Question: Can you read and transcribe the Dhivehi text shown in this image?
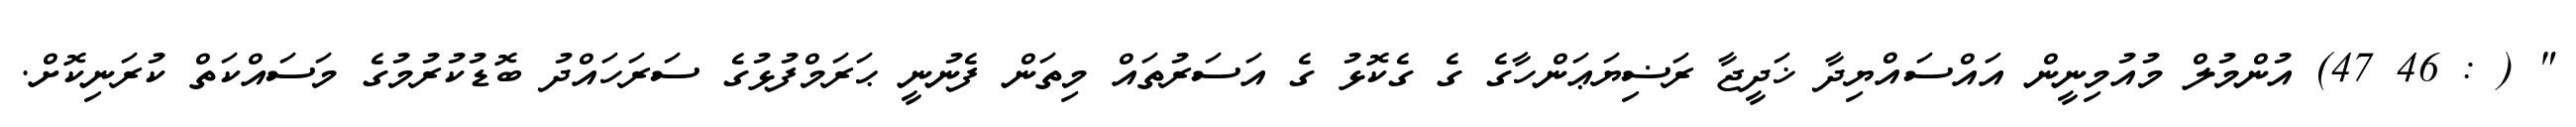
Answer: " ( : 46 47) އުންމުލް މުއުމިނީން އައްސައްޔިދާ ޚަދީޖާ ރަޟިޔަޢަންހާގެ ގެ ގެކޮޅު ގެ އަސަރުތައް މިތަން ފެނުނީ ޙަރަމްފުޅުގެ ސަރަހައްދު ބޮޑުކުރުމުގެ މަސައްކަތް ކުރަނިކޮށް.